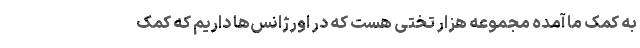
به کمک ما آمده مجموعه هزار تختی هست که در اورژانس‌ها داریم که کمک